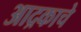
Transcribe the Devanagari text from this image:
आद्रकाचे